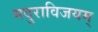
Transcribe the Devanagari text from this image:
मदुराविजयम्